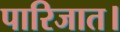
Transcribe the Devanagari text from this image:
पारिजात।